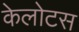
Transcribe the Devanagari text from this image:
केलोटस